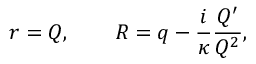
r = Q , \qquad R = q - \frac { i } { \kappa } \frac { Q ^ { \prime } } { Q ^ { 2 } } ,